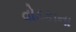
વોડકાના